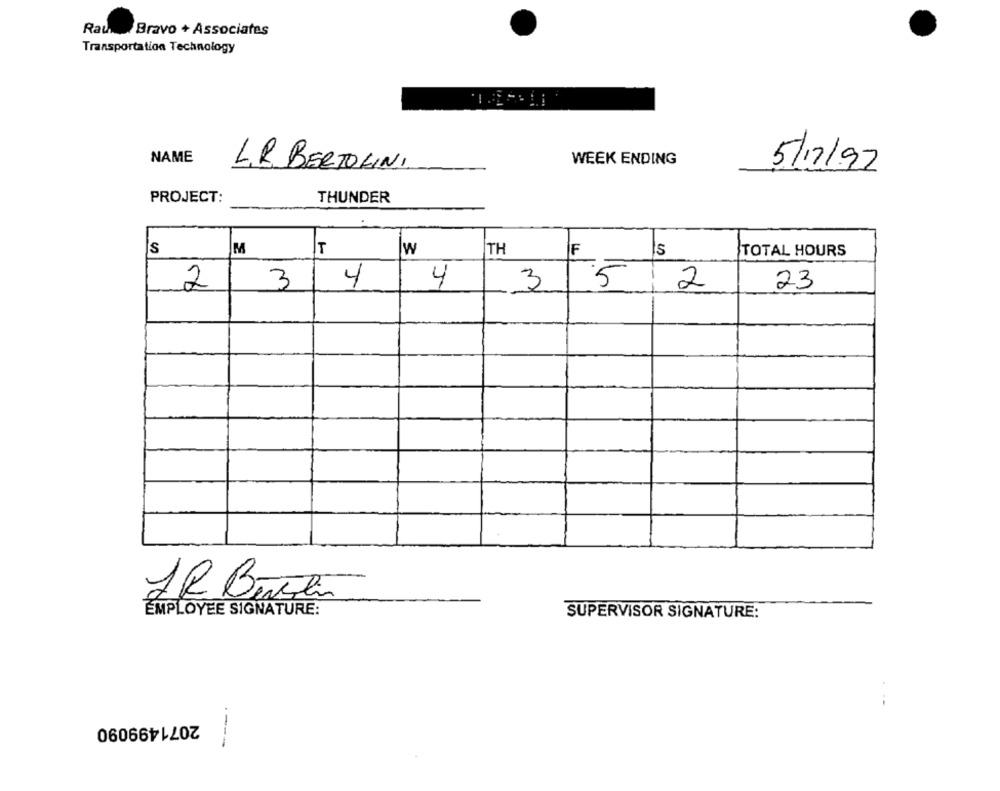
Rau _ Bravo + Associates
Transportation Technology
NAME
WEEK ENDING
L.R. BERTOLINI
5/12/97
PROJECT:
THUNDER
S
T
lw
TH
F
TOTAL HOURS
2
4
4
3
-5
23
3
2
JR Bertti
EMPLOYEE SIGNATURE:
SUPERVISOR SIGNATURE:
2071499090
----